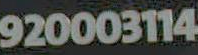
920003114